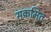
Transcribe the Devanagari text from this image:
सक्रमित